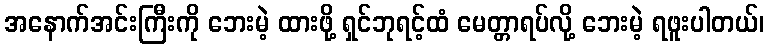
အနောက်အင်းကြီးကို ဘေးမဲ့ ထားဖို့ ရှင်ဘုရင့်ထံ မေတ္တာရပ်လို့ ဘေးမဲ့ ရဖူးပါတယ်၊